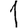
Digit: 1